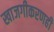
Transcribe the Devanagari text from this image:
खाजगीकरणही